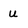
Character: u